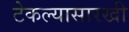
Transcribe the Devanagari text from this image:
टेकल्यासारखी